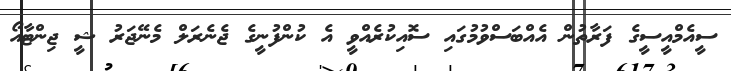
ސީއެމްއީސީގެ ފަރާތުން އެއްބަސްވުމުގައި ސޮއިކުރެއްވީ އެ ކުންފުނީގެ ޖެނެރަލް މެނޭޖަރު ޝީ ޖިންޓާއޯ